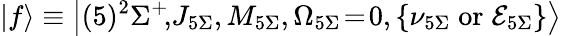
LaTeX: \left|f\right>\equiv\left|(5)^{2}\Sigma^{+}\! ,\! J_{5\Sigma},M_{5\Sigma},\Omega_{5\Sigma}\! =\! 0,\left\{ \nu_{5\Sigma}\mathrm{\; or\; }\mathcal{E}_{5\Sigma}\right\} \right>